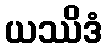
ယဿိဒံ